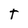
Character: T